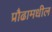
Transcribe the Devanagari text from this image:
प्रौढामधील